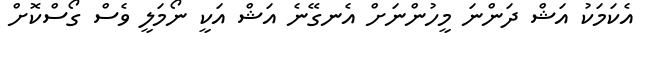
އެކަމަކު އަޝް ދަންނަ މީހުންނަށް އެނގޭނެ އަޝް އަކީ ނޯމަލީ ވެސް ގޯސްކޮށް